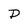
Character: D